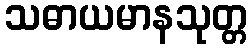
သဓာယမာနသုတ္တ